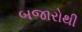
બજારોથી